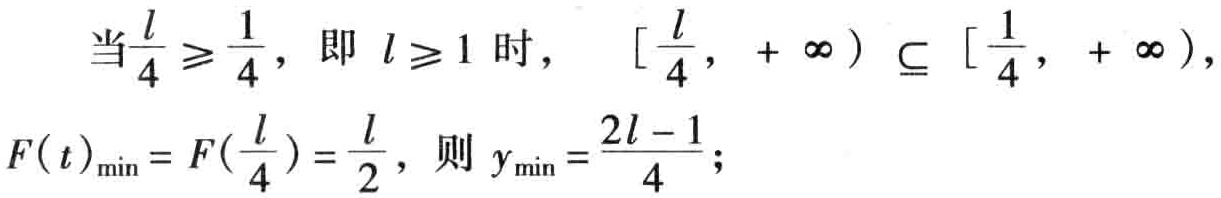
当$\frac{l}{4} \geqslant \frac{1}{4}$，即 $l \geqslant 1$ 时， $\left[\frac{l}{4},+\infty\right) \subseteq\left[\frac{1}{4},+\infty\right)$，

$F(t)_{\min }=F\left(\frac{l}{4}\right)=\frac{l}{2}$，则 $y_{\min }=\frac{2l - 1}{4}$；